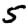
Digit: 5